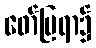
ဖော်ပြရာ၌